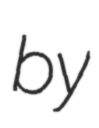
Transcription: by